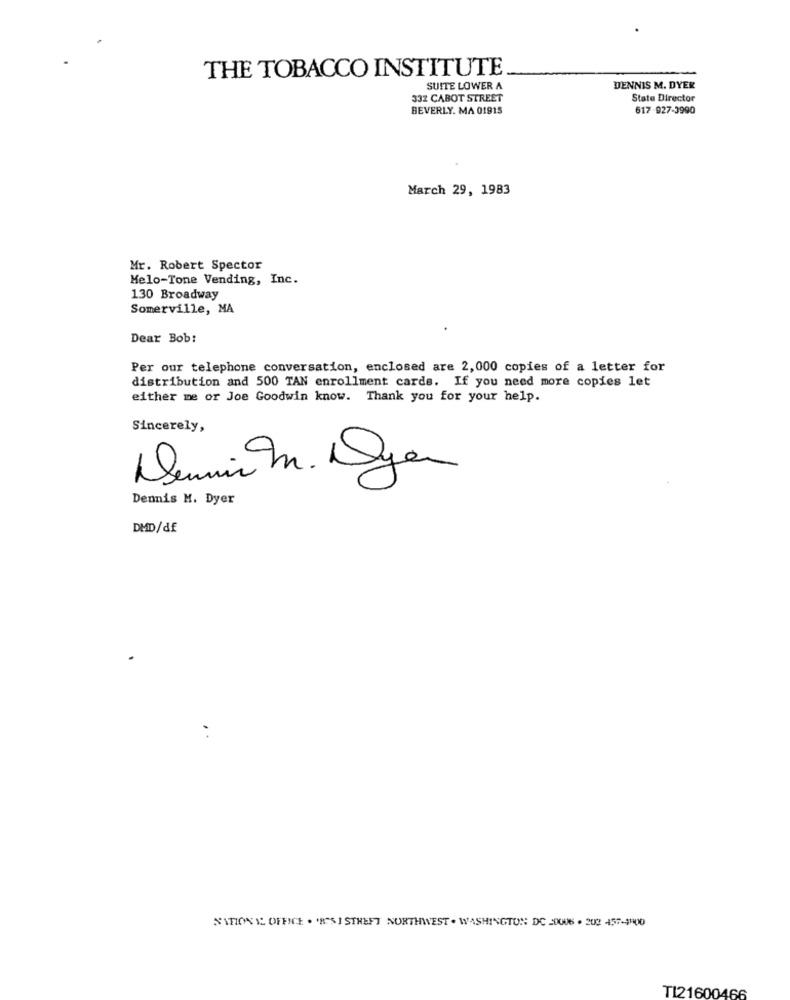
THE TOBACCO INSTITUTE
SUITE LOWER A
DENNIS M. DYER
332 CABOT STREET
State Director
BEVERLY. MA 01915
617 -927-3990
March 29, 1983
Mr. Robert Spector
Melo-Tone Vending, Inc.
130 Broadway
Somerville, MA
Dear Bob:
Per our telephone conversation, enclosed are 2,000 copies of a letter for
distribution and 500 TAN enrollment cards. If you need more copies let
either me or Joe Goodwin know. Thank you for your help.
Sincerely,
Demir m. Dyen
Dennis M. Dyer
DMD/df
NATION IL OFFICE . "R"S ] STREET NORTHWEST . WASHINGTON DC 20006 . 202 457-4900
TI21600466